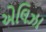
એલિઝા